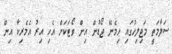
ސަލާމަތީ މަޖިލިހުގައި ހިމެނޭ ޖޯޑުން އިން ވޯޓަކަށް އެހި އިރު އެމެރިކާ އިން